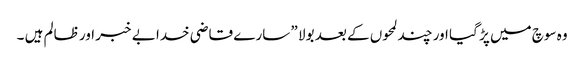
وہ سوچ میں پڑ گیا اور چند لمحوں کے بعد بولا ” سارے قاضی خدا بے خبر اور ظالم ہیں ۔